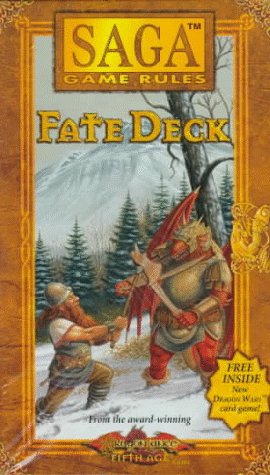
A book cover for SAGA FATE CARDS (Saga Fate Deck); Ed Stark; Science Fiction & Fantasy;